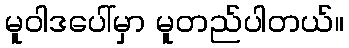
မူဝါဒပေါ်မှာ မူတည်ပါတယ်။